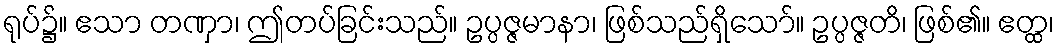
ရုပ်၌။ ဧသာ တဏှာ၊ ဤတပ်ခြင်းသည်။ ဥပ္ပဇ္ဇမာနာ၊ ဖြစ်သည်ရှိသော်။ ဥပ္ပဇ္ဇတိ၊ ဖြစ်၏။ ဧတ္ထ၊